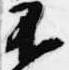
不